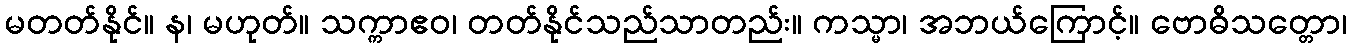
မတတ်နိုင်။ န၊ မဟုတ်။ သက္ကာဧဝ၊ တတ်နိုင်သည်သာတည်း။ ကသ္မာ၊ အဘယ်ကြောင့်။ ဗောဓိသတ္တော၊